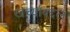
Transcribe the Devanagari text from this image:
खर्च्याबद्दल